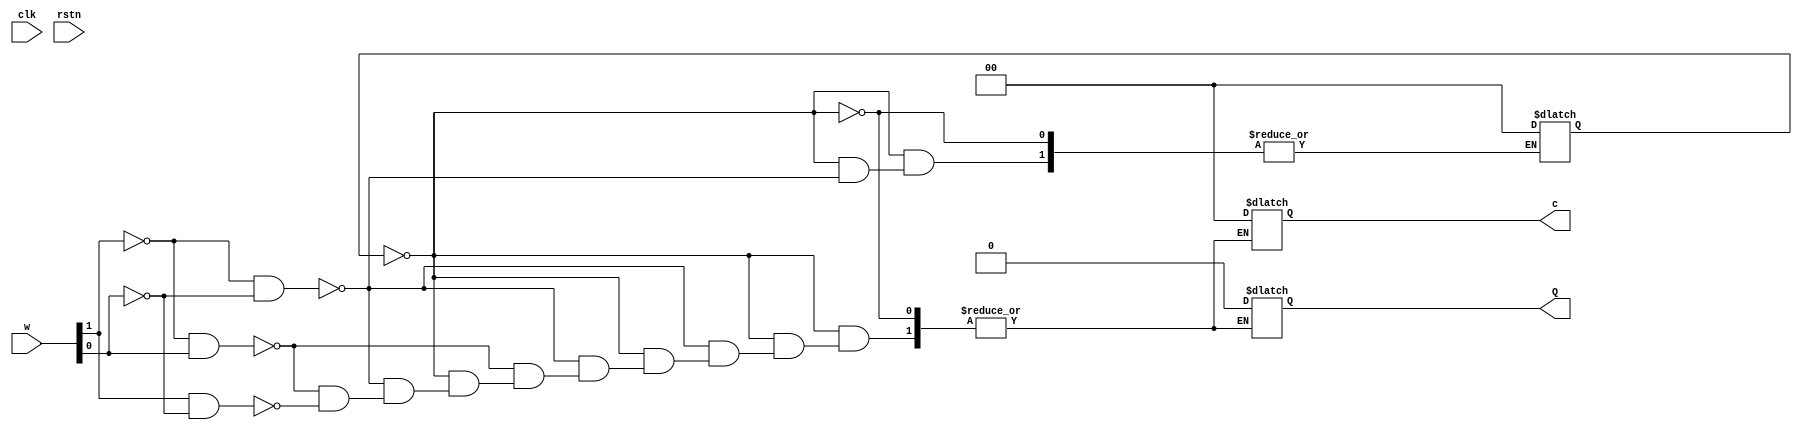
module assignment2B (clk,rstn,w,Q,c);
input clk, rstn;
input [1:0]w;
output reg Q;
output reg[1:0]c;
reg [1:0]y,Y;
parameter A=2'b00, B=2'b01, C=2'b10, D=2'b11;
always @ (w,y)
	case (y)
		A: if (w[1]==0 && w[0]==0)
			begin
				Q = 0;
				y = A;
				c = 2'b00;
			end
		else if (w[1]==0 && w[0] == 1)
			begin
				Q = 0;
				Y=B;
				c=2'b00;
			end
		else if (w[1]==1 && w[0]==0)
			begin
				Q = 0;
				Y = D;
				c = 2'b00;
			end
	endcase
	
endmodule